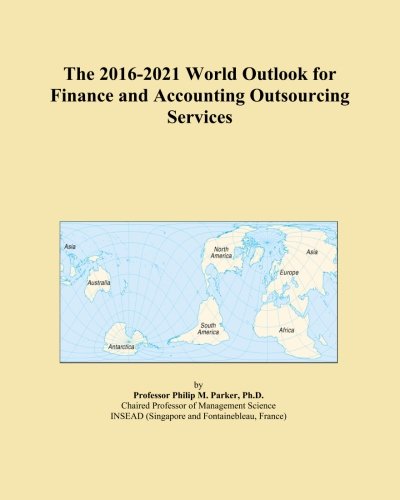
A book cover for The 2016-2021 World Outlook for Finance and Accounting Outsourcing Services; Icon Group International; Business & Money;